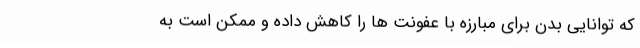
که توانایی بدن برای مبارزه با عفونت ها را کاهش داده و ممکن است به